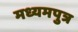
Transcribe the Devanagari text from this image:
मध्यमपुत्र